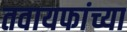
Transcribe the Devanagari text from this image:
तवायफांच्या